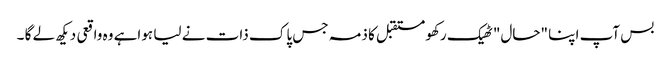
بس آپ اپنا "حال" ٹھیک رکھو مستقبل کا ذمہ جس پاک ذات نے لیا ہواہے وہ واقعی دیکھ لے گا ۔